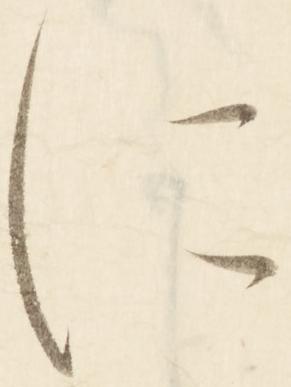
に